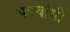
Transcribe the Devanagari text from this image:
परवांगी